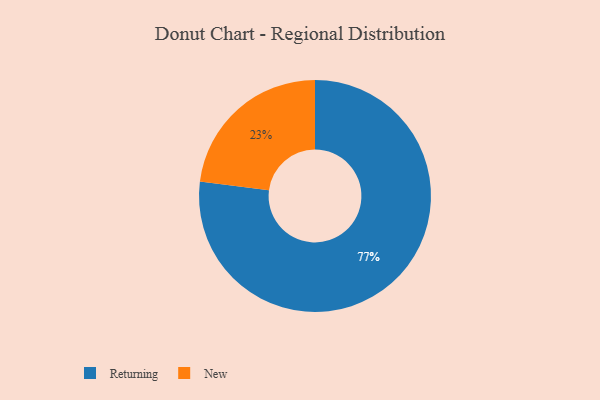
{"axis": {"x": "Category", "y": "Percentage"}, "legend": ["New", "Returning"], "data": [{"x": "Returning", "y": 77, "type": "Returning"}, {"x": "New", "y": 23, "type": "New"}]}